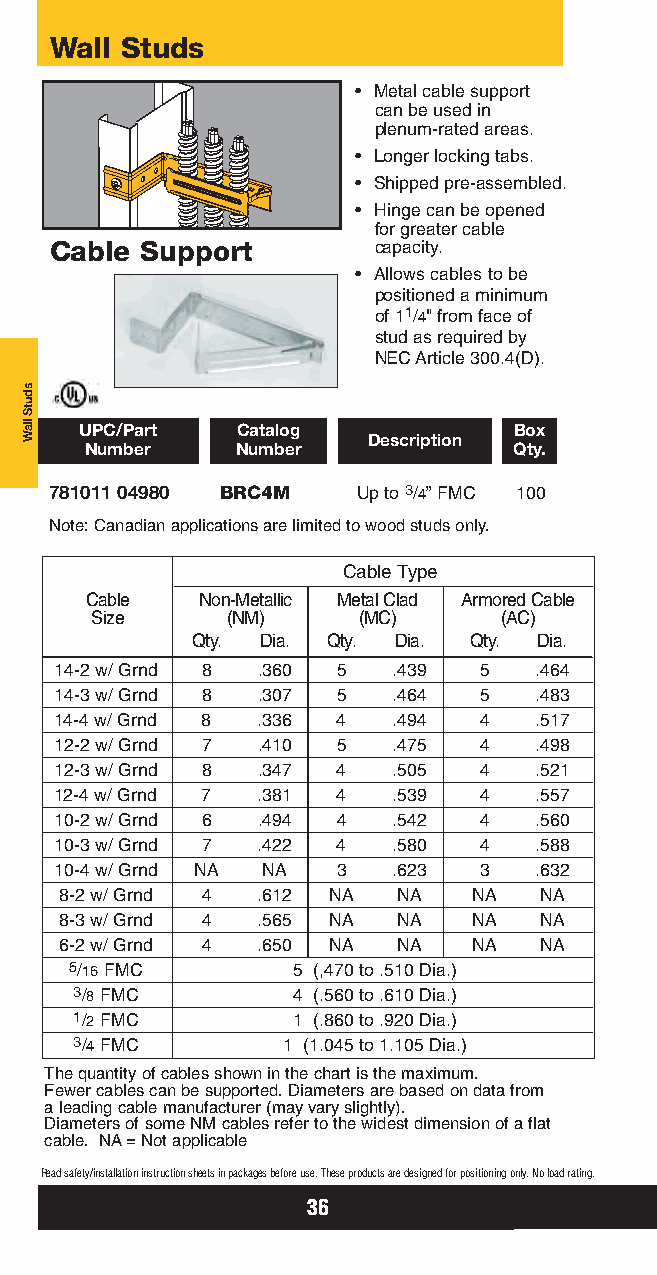
Wall Studs
 • Metal cable support
 can be used in
 plenum-rated areas.
 • Longer locking tabs.
 • Shipped pre-assembled.
 • Hinge can be opened
 for greater cable
 Cable Support         capacity.
 • Allows cables to be
 positioned a minimum
 of 11/4" from face of
 stud as required by
 NEC Article 300.4(D).
 UPC/Part   Catalog           Box
 Description
 Number    Number            Qty.
 781011 04980 BRC4M   Up to 3/4” FMC 100
 Note: Canadian applications are limited to wood studs only.
 Cable Type
 Cable  Non-Metallic Metal Clad Armored Cable
 Size     (NM)     (MC)     (AC)
 Qty. Dia. Qty. Dia. Qty. Dia.
 14-2 w/ Grnd 8 .360 5 .439  5  .464
 14-3 w/ Grnd 8 .307 5 .464  5  .483
 14-4 w/ Grnd 8 .336 4 .494  4  .517
 12-2 w/ Grnd 7 .410 5 .475  4  .498
 12-3 w/ Grnd 8 .347 4 .505  4  .521
 12-4 w/ Grnd 7 .381 4 .539  4  .557
 10-2 w/ Grnd 6 .494 4 .542  4  .560
 10-3 w/ Grnd 7 .422 4 .580  4  .588
 10-4 w/ Grnd NA NA 3  .623  3  .632
 8-2 w/ Grnd 4 .612 NA NA   NA   NA
 8-3 w/ Grnd 4 .565 NA NA   NA   NA
 6-2 w/ Grnd 4 .650 NA NA   NA   NA
 5/16FMC       5 (,470 to .510 Dia.)
 3/8FMC        4 (.560 to .610 Dia.)
 1/2FMC        1 (.860 to .920 Dia.)
 3/4FMC        1 (1.045 to 1.105 Dia.)
 The quantity of cables shown in the chart is the maximum.
 Fewer cables can be supported. Diameters are based on data from
 a leading cable manufacturer (may vary slightly).
 Diameters of some NM cables refer to the widest dimension of a flat
 cable. NA= Not applicable
 Read safety/installation instruction sheets in packages before use. These products are designed for positioning only. No load rating.
 36
 sdutS
 llaW